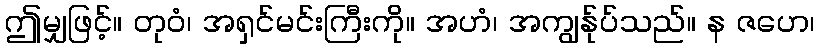
ဤမျှဖြင့်။ တုဝံ၊ အရှင်မင်းကြီးကို။ အဟံ၊ အကျွန်ုပ်သည်။ န ဇဟေ၊